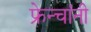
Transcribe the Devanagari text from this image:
फ्रेन्चांनी